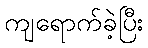
ကျရောက်ခဲ့ပြီး